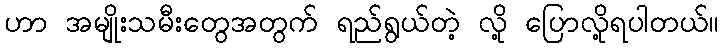
ဟာ အမျိုးသမီးတွေအတွက် ရည်ရွယ်တဲ့ လို့ ပြောလို့ရပါတယ်။